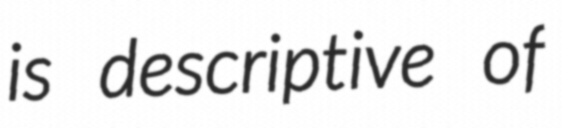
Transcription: is descriptive of